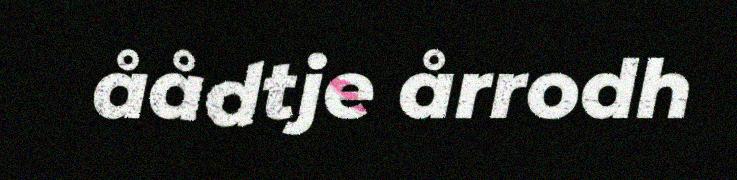
åådtje årrodh